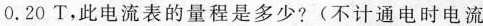
0 . 2 0 T$$，此电流表的量程是多少?(不计通电时电流